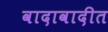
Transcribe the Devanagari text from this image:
वादावादीत